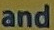
and